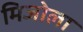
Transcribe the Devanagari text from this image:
मिजोला